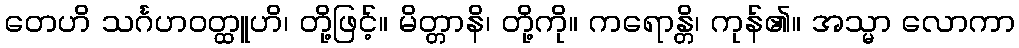
တေဟိ သင်္ဂဟဝတ္ထူဟိ၊ တို့ဖြင့်။ မိတ္တာနိ၊ တို့ကို။ ကရောန္တိ၊ ကုန်၏။ အသ္မာ လောကာ